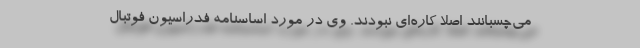
می‌چسبانند اصلاً کاره‌ای نبودند. وی در مورد اساسنامه فدراسیون فوتبال